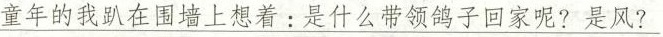
\underline{童年的我趴在围墙上想着:是什么带领鸽子回家呢?是风?}